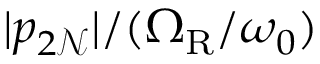
| p _ { 2 \mathcal { N } } | / ( \Omega _ { \mathrm { R } } / \omega _ { 0 } )